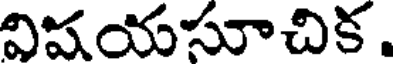
విషయసూచిక.